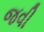
જવી